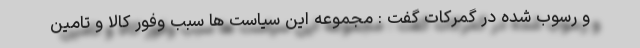
و رسوب شده در گمرکات گفت : مجموعه این سیاست ها سبب وفور کالا و تامین